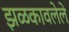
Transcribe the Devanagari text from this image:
झळकावलेले